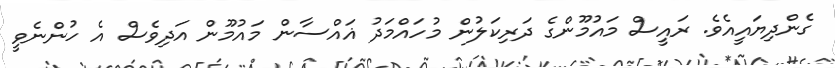
ގެންދިޔައީއެވެ. ރައީސް މައުމޫންގެ ދަރިކަލުން މުހައްމަދު ޣައްސާން މައުމޫން އަދިވެސް އެ ހުންނެވީ